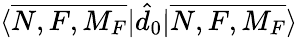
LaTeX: {\langle\overline{{N,F,M_{F}}}|\hat{d}_{0}|\overline{{N,F,M_{F}}}\rangle}